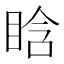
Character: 𥆡